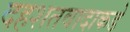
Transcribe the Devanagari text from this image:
दहशतवादाकडे